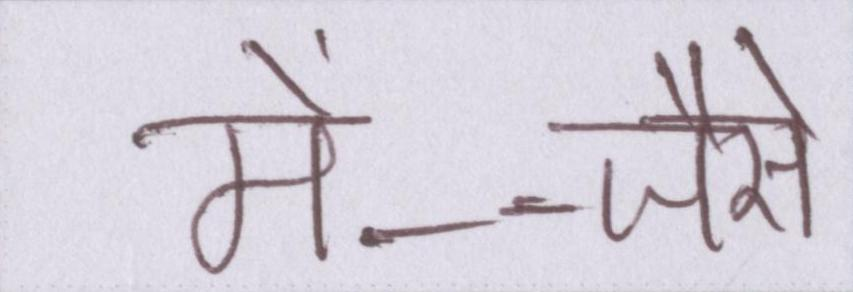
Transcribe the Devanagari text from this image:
में--जैसे